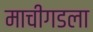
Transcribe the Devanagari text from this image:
माचीगडला